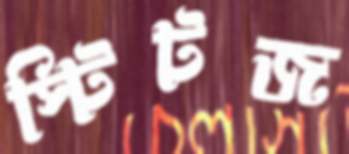
স্টিটজ